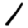
Digit: 1